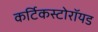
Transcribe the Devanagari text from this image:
कर्टिकस्टोरॉयड